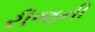
રીજની